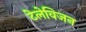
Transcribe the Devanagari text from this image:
टेलेविजन